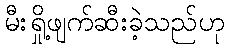
မီးရှို့ဖျက်ဆီးခဲ့သည်ဟု